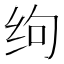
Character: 𰬆